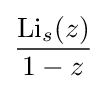
{\frac {\operatorname {Li} _{s}(z)}{1-z}}